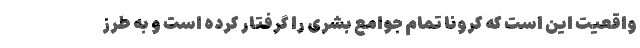
واقعیت این است که کرونا تمام جوامع بشری را گرفتار کرده است و به طرز